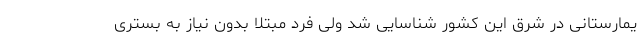
یمارستانی در شرق این کشور شناسایی شد ولی فرد مبتلا بدون نیاز به بستری